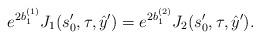
LaTeX: \begin{align*} e^{2b_1^{(1)}}J_1(s_0',\tau,\hat y')=e^{2b_1^{(2)}}J_2(s_0',\tau,\hat y').\end{align*}